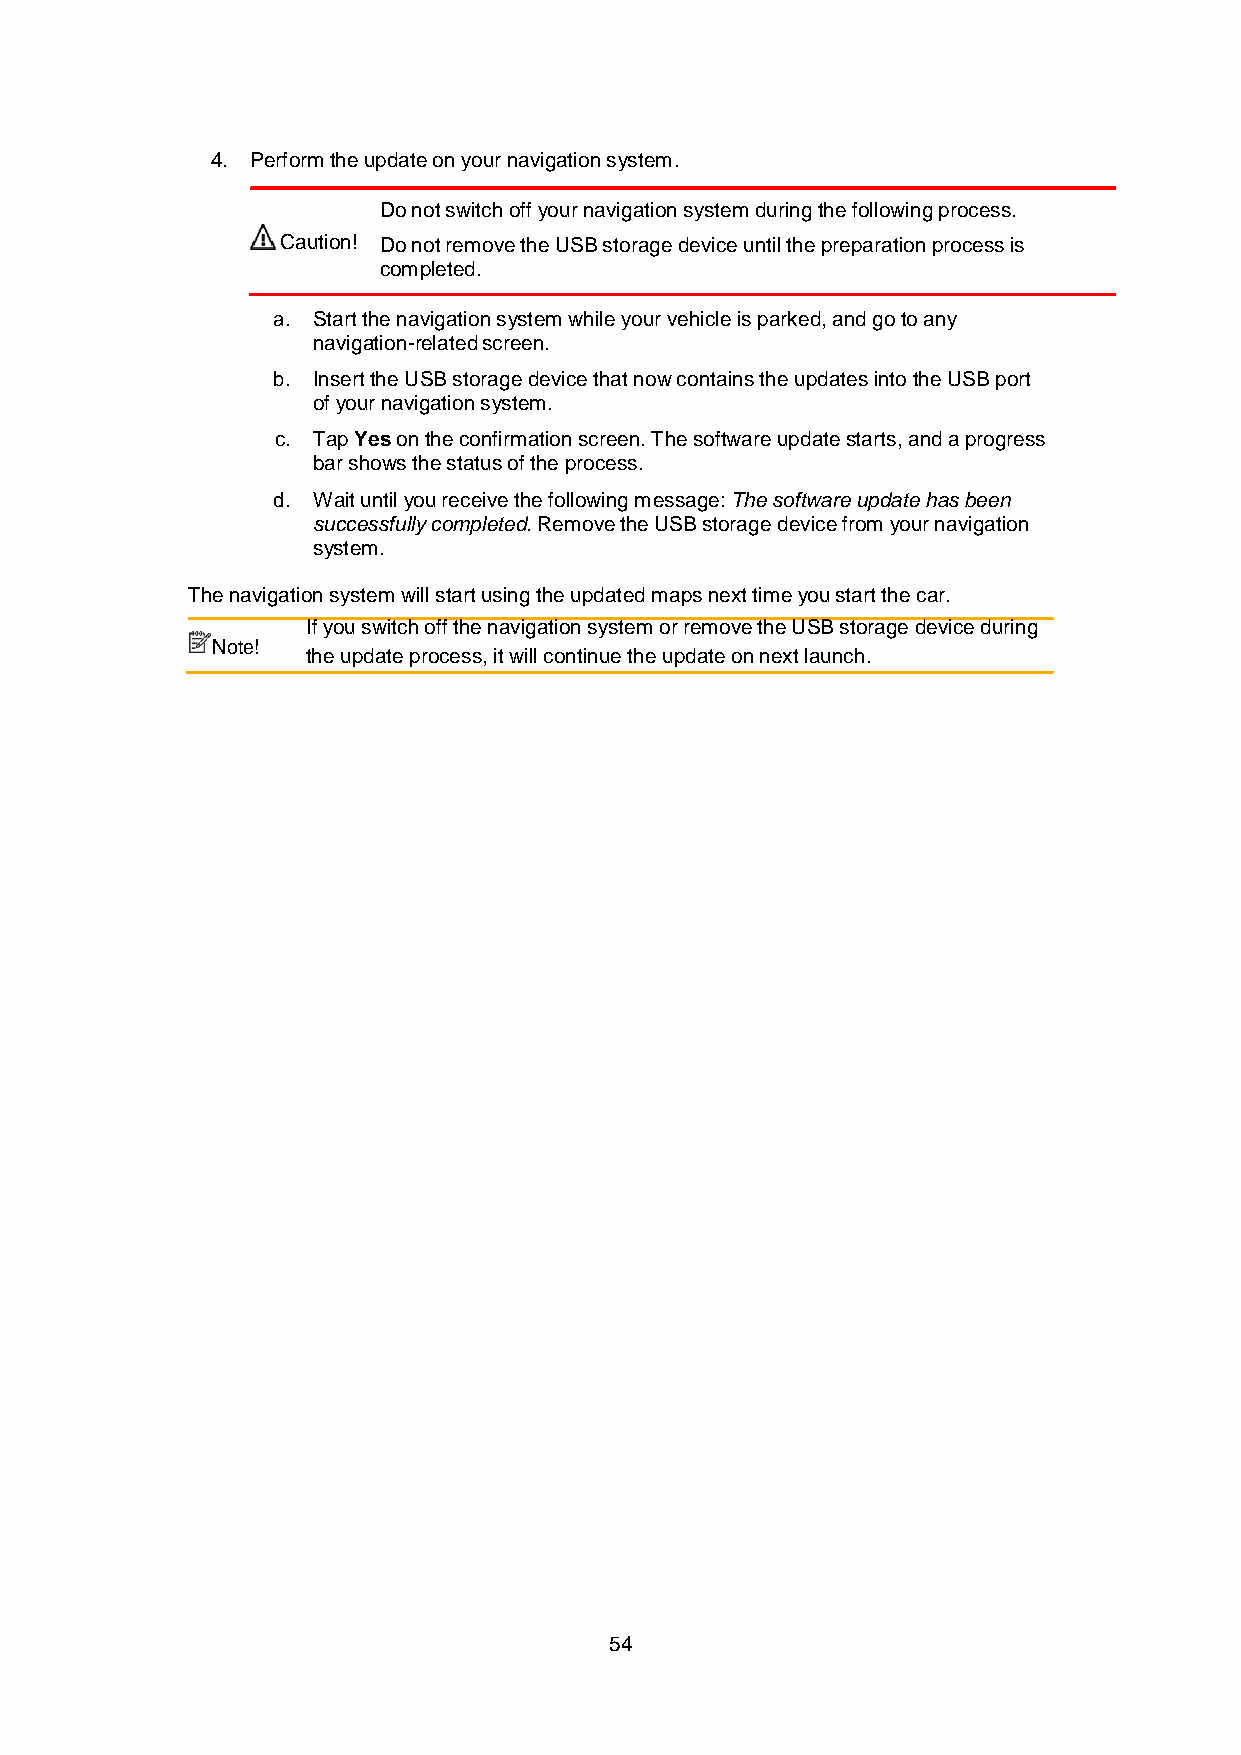
4. Perform the update on your navigation system.
 Do not switch off your navigation system during the following process.
 Caution! Do not remove the USB storage device until the preparation process is
 completed.
 a. Start the navigation system while your vehicle is parked, and go to any
 navigation-related screen.
 b. Insert the USB storage device that now contains the updates into the USB port
 of your navigation system.
 c. Tap Yes on the confirmation screen. The software update starts, and a progress
 bar shows the status of the process.
 d. Wait until you receive the following message: The software update has been
 successfully completed. Remove the USB storage device from your navigation
 system.
 The navigation system will start using the updated maps next time you start the car.
 If you switch off the navigation system or remove the USB storage device during
 Note!
 the update process, it will continue the update on next launch.
 54